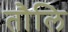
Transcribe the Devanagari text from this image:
तौलि